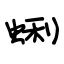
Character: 蜊